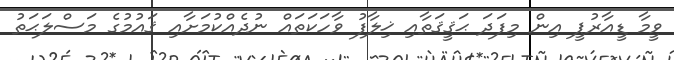
ވީމާ ޑީއާރުޕީ އިން މިފަދަ ޙަޤީޤަތާއި ޚިލާފު ވާހަކަތައް ނުދެއްކުމަށާއި ޤައުމުގެ މަސްލަޙަތު